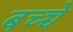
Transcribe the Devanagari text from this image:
बच्च्चे